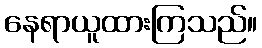
နေရာယူထားကြသည်။